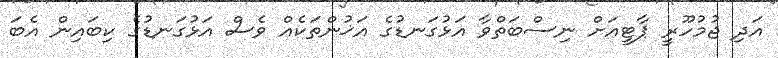
އަދި ޖުމުހޫރީ ޕާޓީއަށް ނިސްބަތްވާ އަޅުގަނޑުގެ އަޚުންތަކެއް ވެސް އަޅުގަނޑުގެ ކިބައިން އެބަ